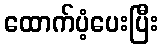
ထောက်ပံ့ပေးပြီး